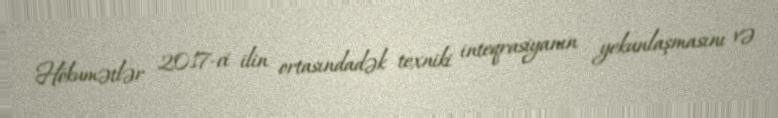
Hökumətlər 2017-ci ilin ortasındadək texniki inteqrasiyanın yekunlaşmasını və